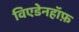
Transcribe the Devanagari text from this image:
विएडेनहॉफ़